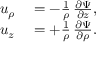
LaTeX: \begin{array} { r l } { u _ { \rho } } & { { } = - { \frac { 1 } { \rho } } \, { \frac { \partial \Psi } { \partial z } } , } \\ { u _ { z } } & { { } = + { \frac { 1 } { \rho } } \, { \frac { \partial \Psi } { \partial \rho } } . } \end{array}